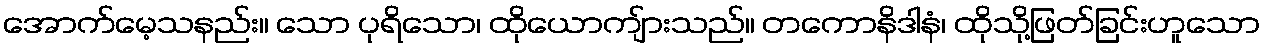
အောက်မေ့သနည်း။ သော ပုရိသော၊ ထိုယောကျ်ားသည်။ တကောနိဒါနံ၊ ထိုသို့ဖြတ်ခြင်းဟူသော